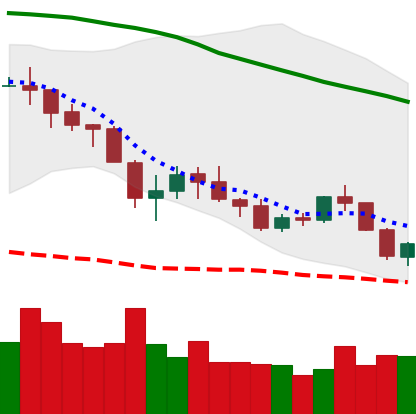
Ticker: NEO-USD
Chart end date: 2018-05-24
Forward return: -4.84%
Label: down_3_5